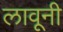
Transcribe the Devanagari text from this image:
लावूनी